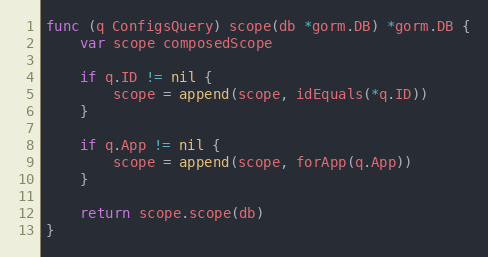
Language: Go
func (q ConfigsQuery) scope(db *gorm.DB) *gorm.DB {
	var scope composedScope

	if q.ID != nil {
		scope = append(scope, idEquals(*q.ID))
	}

	if q.App != nil {
		scope = append(scope, forApp(q.App))
	}

	return scope.scope(db)
}